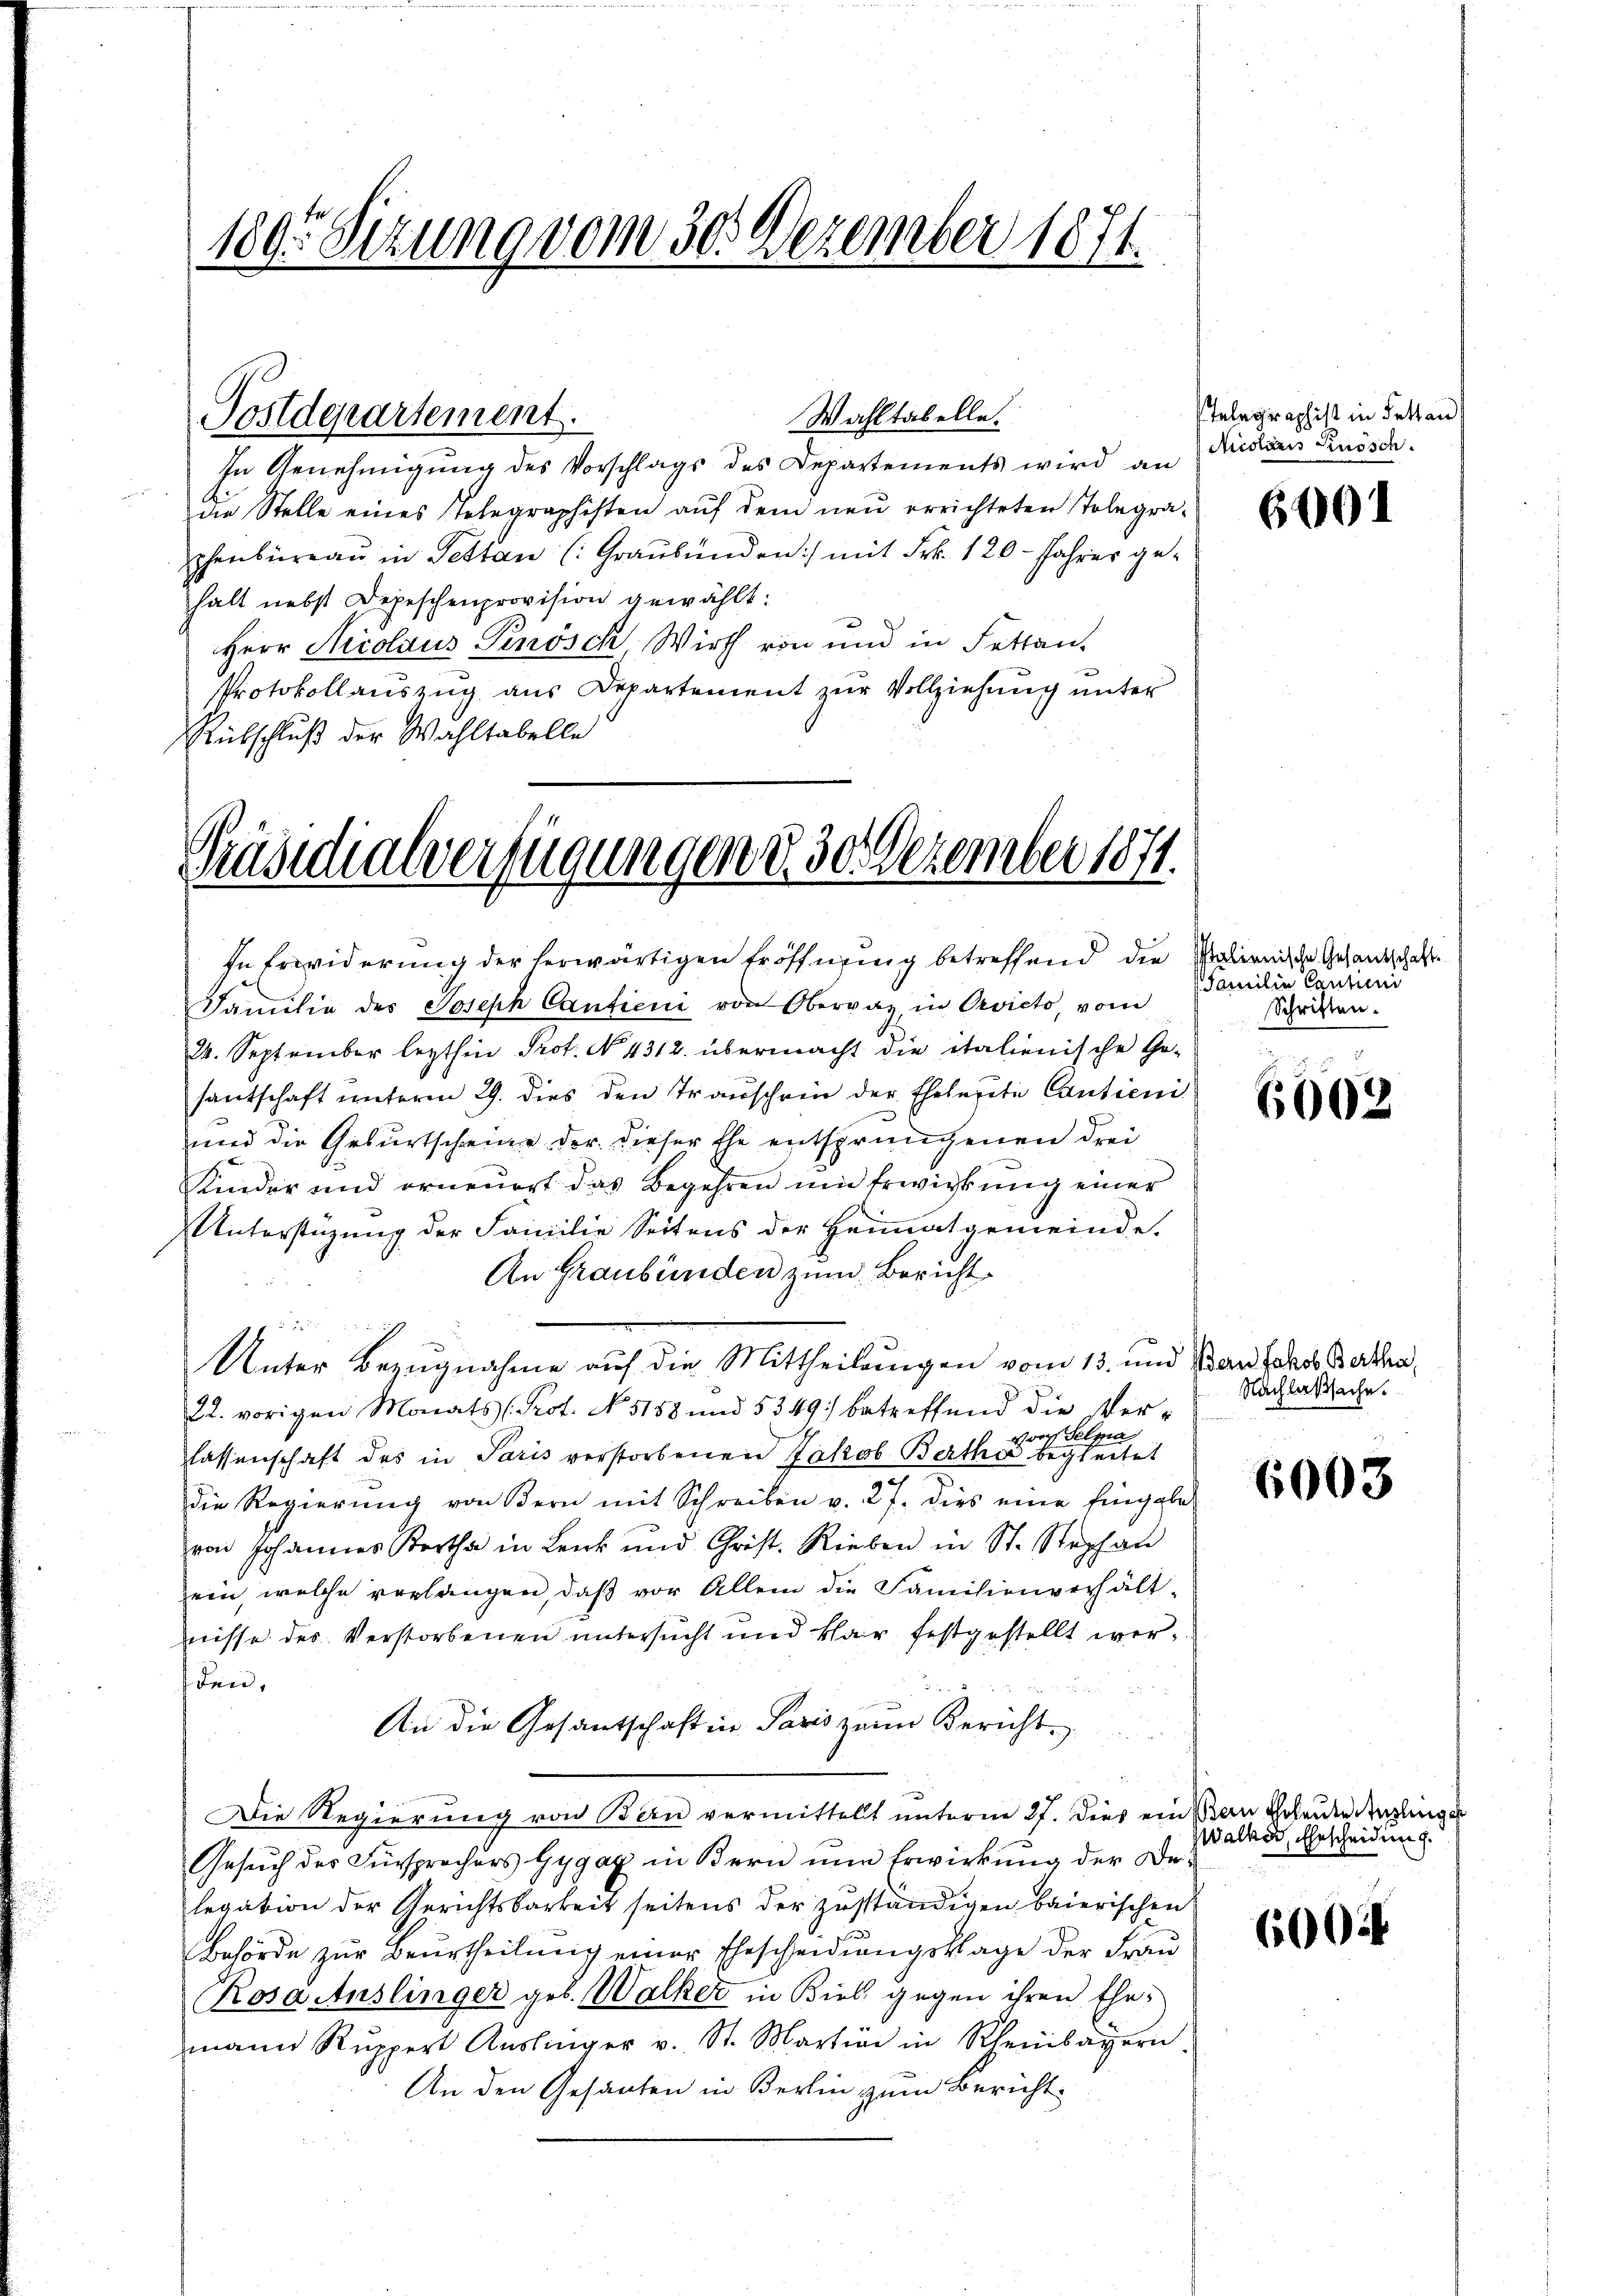
189. Sizung vom 30. Dezember 1871.

In Genehmigŭng des Vorschlags des Departements wird an
die Stelle eines Telegraphisten auf dem neu errichteten Telegraphenbüreaŭ in Pettan (: Graubünden:/ mit Frk. 120 - Jahres gehalt nebst Depeschenprovision gewählt:
Herr Nicolaus Pinösch, Wirth von und in Fettan-
Protokollauszug aus Departement zur Vollziehung unter
Rückschluß der Wahltabelle

Postdepartement.

Präsidialverfügungen d. 30. Dezember 1871.

Wahltabelle.

24. September lezthin Prot. N. 4312. übermacht die italienische Ge-
santschaft unterm 29. dies den Transchein der Ehelerete Cantieni
und die Geburtscheine der dieser Ehe entsprungenen drei
Kinder und erneuert das Begehren und Erwirkung einer
Unterstüzung der Familie Seitens der Heimatgemeinde.
An Graubünden zum Bericht
Unter Bezugnahme auf die Mittheilungen vom 13. und Man Jako Bartha
22. vorigen Monats (Prot. No. 5158 und 5349; betreffend die Ver-
von Selna
lassenschaft des in Paris verstorbenen Jakob Bertha begleitet
3
die Regierung von Bern mit Schreiben v. 27. dies eine Eingabe
von Johannes Bertha in Lenk und Christ. Rieben in St. Stephan
ein, welche verlangen, daß vor Allem die Familienverhält-
nisse des Verstorbenen untersucht und klar festgestellt werden,
An die Gesantschaft in Paris zum Bericht.
Die Regierung von Bern vermittelt unterm 27. Dies ein an Erleute dingling
Gesuch der Fürsprochers Gygaz in Bern nun Erwirkung der Delegation der Gerichtsbarkeit seitens der zuständigen baierischen
Behörde zur Beurtheilung einer Ehescheidungsklage der Frau
Rosa Auslinger geb. Walker in Biel gegen ihren Ehemann Rŭppert Aŭslinger v. St. Martini in Rheinbayern.
An den Gesanten in Berlin zum Bericht

In Erwiderung der herwärtigen Eröffnung betreffend die Salienische Gesandschaft
Familie des Joseph Cantien von Obervaz, in Orvicto vom

Telegraphist in Fettan
Aristoris Knösch

6001

Familie Cantunis
Schriften.

6002

Nachlaßsache.

6003

Walker, Ehescheidung.

6004